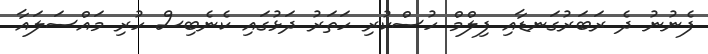
ފެނުނު ދެ ރަބަރުގަނޑާއި ފިލްމް ހުސްކުރި ހަތަރު ދަޅުގައި ކެނެބިސް ހުރި މައްސަލައާ